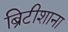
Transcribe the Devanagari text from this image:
ब्रिटीशाना